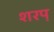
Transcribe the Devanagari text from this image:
शरप़